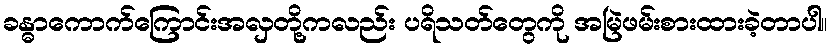
ခန္ဓာကောက်ကြောင်းအလှတို့ကလည်း ပရိသတ်တွေကို အမြဲဖမ်းစားထားခဲ့တာပါ။